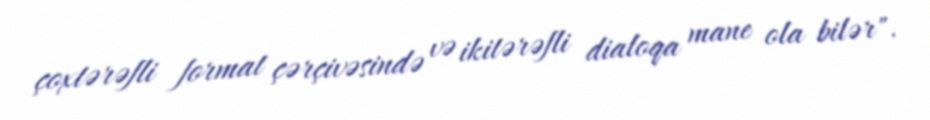
çoxtərəfli format çərçivəsində və ikitərəfli dialoqa mane ola bilər".